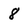
Character: 8